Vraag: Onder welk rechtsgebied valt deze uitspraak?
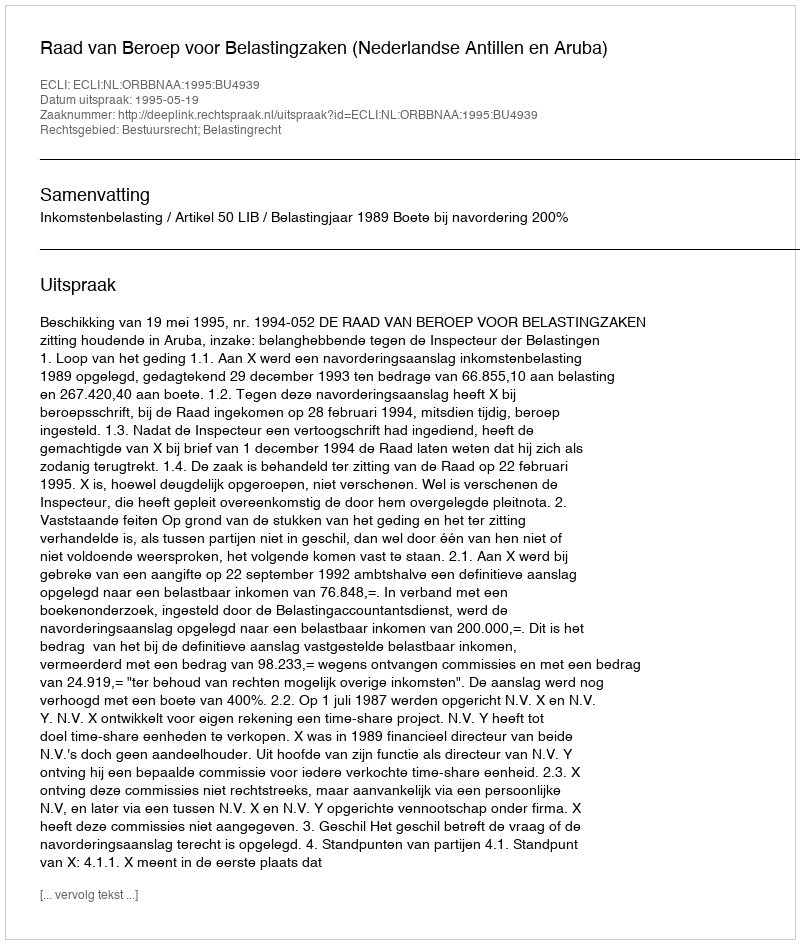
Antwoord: Bestuursrecht; Belastingrecht